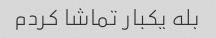
بله یکبار تماشا کردم